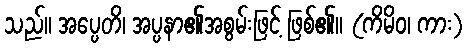
သည်။ အပ္ပေတိ၊ အပ္ပနာ၏အစွမ်းဖြင့် ဖြစ်၏။ (ကိမိဝ၊ ကား)